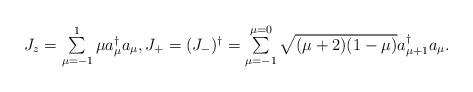
LaTeX: \begin{align*}\begin{matrix}J_z = \sum\limits_{\mu = -1}^{1} \mu a_{\mu}^{\dagger} a_{\mu},J_+ = (J_-)^{\dagger} = \sum\limits_{\mu = -1}^{\mu = 0} \sqrt{(\mu + 2)(1 - \mu)} a_{\mu + 1}^{\dagger} a_ {\mu}.\end{matrix}\end{align*}